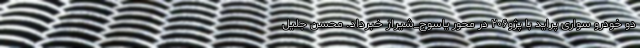
دو خودرو سواری پراید با پژو۲۰۶ در محور یاسوج_شیراز خبرداد. محسن جلیل